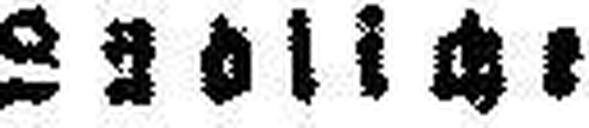
Südliche: